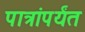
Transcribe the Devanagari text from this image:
पात्रांपर्यंत